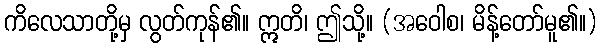
ကိလေသာတို့မှ လွတ်ကုန်၏။ ဣတိ၊ ဤသို့။ (အဝေါစ၊ မိန့်တော်မူ၏။)